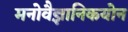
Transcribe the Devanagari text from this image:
मनोवैज्ञानिकयोन